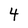
Character: 4